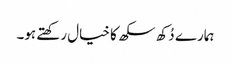
ہمارے دُکھ سکھ کا خیال رکھتے ہو۔